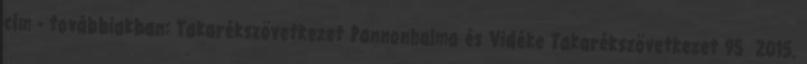
cím - továbbiakban: Takarékszövetkezet Pannonhalma és Vidéke Takarékszövetkezet 95 2015.